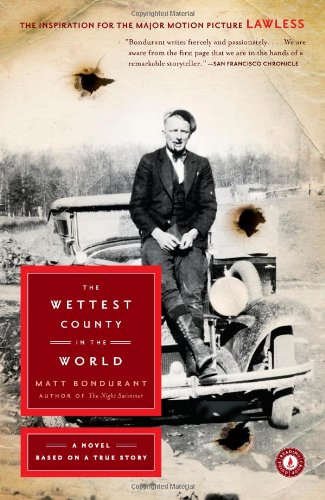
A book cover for The Wettest County in the World: A Novel Based on a True Story; Matt Bondurant; Mystery, Thriller & Suspense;